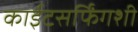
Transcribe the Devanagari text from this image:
काईटसर्फिंगशी